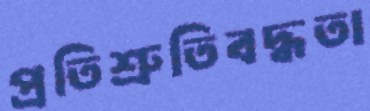
প্রতিশ্রুতিবদ্ধতা